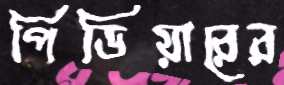
পিডিয়ারের